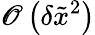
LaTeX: \mathscr{O}\left({\delta{{\tilde{{x}}}^{2}}}\right)